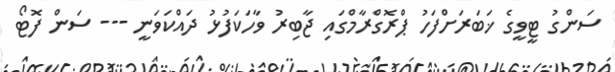
ސަންގު ޓީވީގެ ޚަބަރަށްފަހު ޕްރޮގްރާމްގައި ޖާބިރު ވާހަކަފުޅު ދައްކަވަނީ --- ސަން ފޮޓޯ